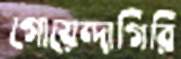
গোয়েন্দাগিরি